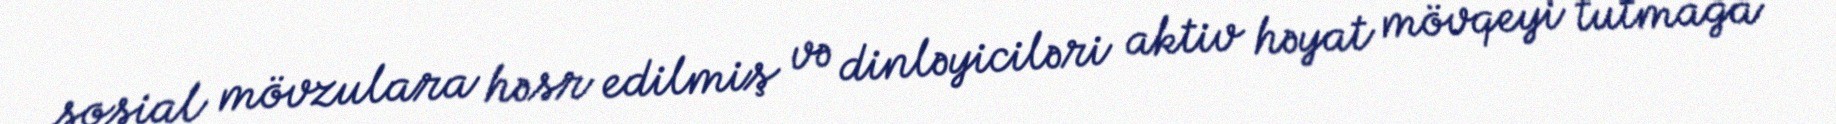
sosial mövzulara həsr edilmiş və dinləyiciləri aktiv həyat mövqeyi tutmağa